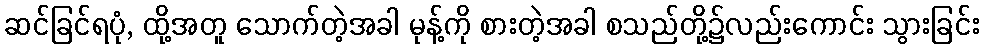
ဆင်ခြင်ရပုံ, ထို့အတူ သောက်တဲ့အခါ မုန့်ကို စားတဲ့အခါ စသည်တို့၌လည်းကောင်း သွားခြင်း